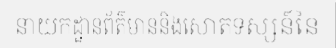
នាយកដ្ឋានព័ត៌មាននិងសោតទស្សន៍នៃ